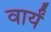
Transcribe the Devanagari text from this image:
वार्यं